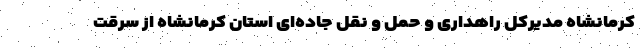
کرمانشاه مدیرکل راهداری و حمل و نقل جاده‌ای استان کرمانشاه از سرقت